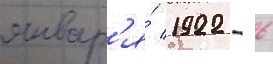
январ'я́ 1922 - 6